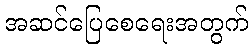
အဆင်ပြေစေရေးအတွက်